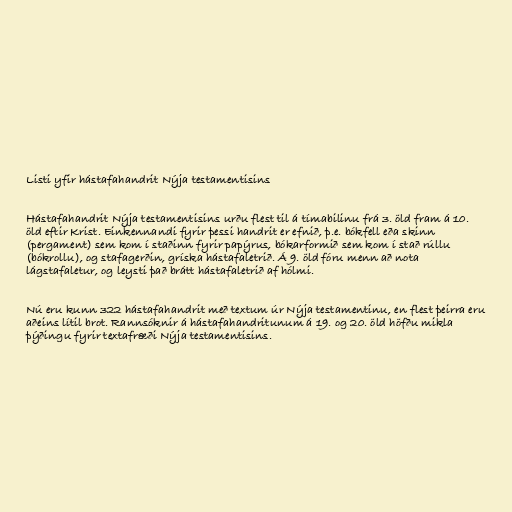
Listi yfir hástafahandrit Nýja testamentisins

Hástafahandrit Nýja testamentisins urðu flest til á tímabilinu frá 3. öld fram á 10.
öld eftir Krist. Einkennandi fyrir þessi handrit er efnið, þ.e. bókfell eða skinn
(pergament) sem kom í staðinn fyrir papýrus, bókarformið sem kom í stað rúllu
(bókrollu), og stafagerðin, gríska hástafaletrið. Á 9. öld fóru menn að nota
lágstafaletur, og leysti það brátt hástafaletrið af hólmi.

Nú eru kunn 322 hástafahandrit með textum úr Nýja testamentinu, en flest þeirra eru
aðeins lítil brot. Rannsóknir á hástafahandritunum á 19. og 20. öld höfðu mikla
þýðingu fyrir textafræði Nýja testamentisins.